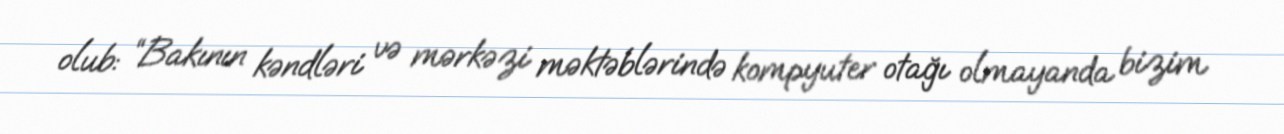
olub: “Bakının kəndləri və mərkəzi məktəblərində kompyuter otağı olmayanda bizim